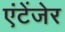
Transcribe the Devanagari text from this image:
एंटेंजेर